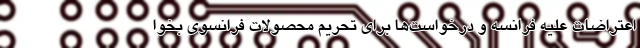
اعتراضات علیه فرانسه و درخواست‌ها برای تحریم محصولات فرانسوی بخوا